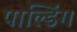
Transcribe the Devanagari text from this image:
पाल्डिंग